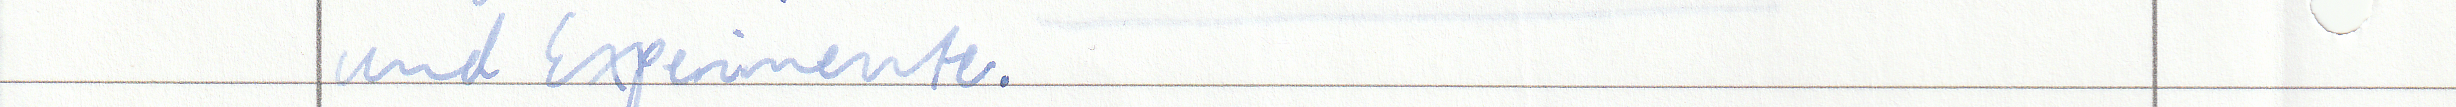
und Experimente.